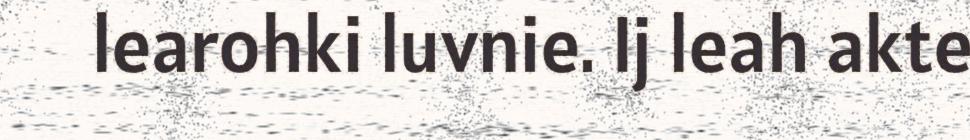
learohki luvnie. Ij leah akte